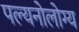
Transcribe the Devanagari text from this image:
पल्यनोलोग्य